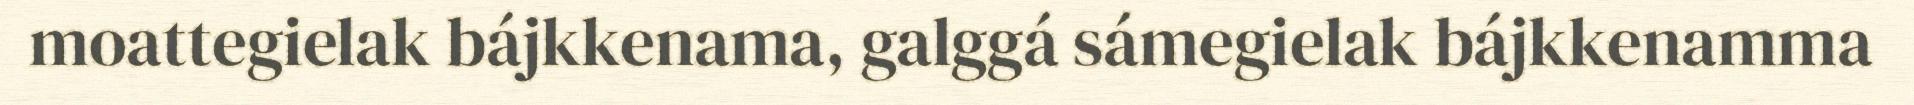
moattegielak bájkkenama, galggá sámegielak bájkkenamma